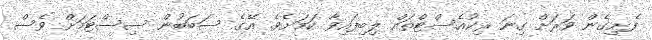
ފެށިގެން ވަރަށް ގިނަ ރިކުއެސްޓްތައް ލިބިފައިވާ ކަމަށެވެ. އޭގެ ސަބަބުން ސިސްޓަމަށް ވެސް